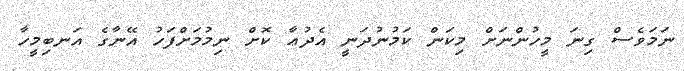
ނަމަވެސް ގިނަ މީހުންނަށް މިކަން ކަމުނުދަނީ އެދުޢާ ކޮށް ނިމުމަށްފަހު އޭނާގެ އަނބިމީހާ